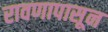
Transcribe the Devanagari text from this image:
रावणापासून